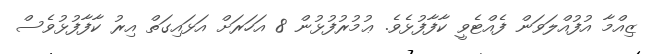
ޒިއްމާ އުފުއްލަވަން ފެއްޓެވީ ކާފާފުޅެވެ. ޢުމުރުފުޅުން 8 އަހަރަށް އަޅައިގަތް އިރު ކާފާފުޅުވެސް